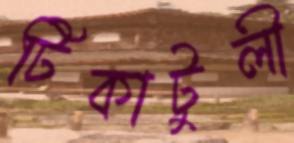
টিকাটুলী